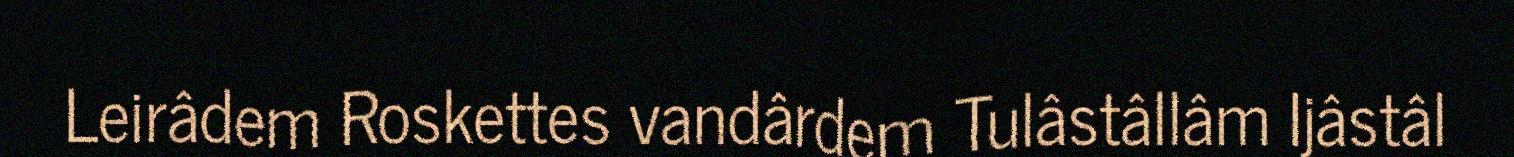
Leirâdem Roskettes vandârdem Tulâstâllâm Ijâstâl